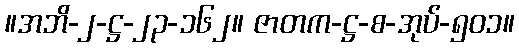
။အဘိ-၂-ဋ္ဌ-၂၃-၁၆၂။ ဇာတက-ဋ္ဌ-စ-အုပ်-၅၀၁။